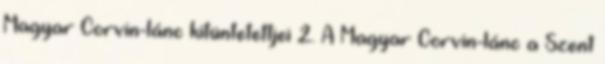
Magyar Corvin-lánc kitüntetettjei 2. A Magyar Corvin-lánc a Szent